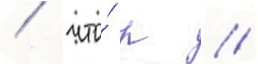
/ что́ р //